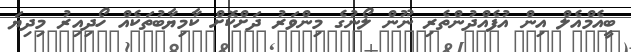
ބީއެމްއެލް އިން އުފެއްދުންތެރި ނޫން ލޯނުގެ މިންވަރު ދަށްކޮށް ކާމިޔާބުތަކެއް ހޯދިއިރު މިދިޔަ